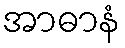
အာဓာနံ